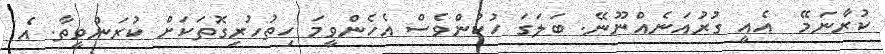
ކުރާނަމޭ  އެއީ ގުރުއަަނެއްނޫނޭ. ބަލަގަ ހުކުންވެސް އެހެންވީމަ ހިތުހުރިގޮތަކަށް ކުރަންވީތާ. އެ